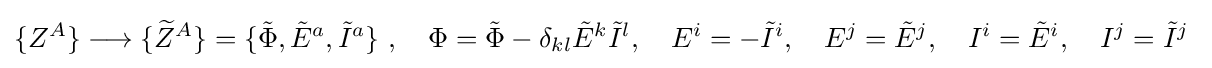
\{Z^{A}\}\longrightarrow \{{\widetilde {Z}}^{A}\}=\{{\tilde {\Phi }},{\tilde {E}}^{a},{\tilde {I}}^{a}\}\ ,\quad \Phi ={\tilde {\Phi }}-\delta _{kl}{\tilde {E}}^{k}{\tilde {I}}^{l},\quad E^{i}=-{\tilde {I}}^{i},\quad E^{j}={\tilde {E}}^{j},\quad I^{i}={\tilde {E}}^{i},\quad I^{j}={\tilde {I}}^{j}\